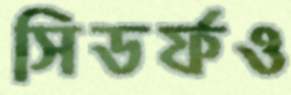
সিডর্ফও